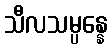
သီလသမ္ပန္နေ